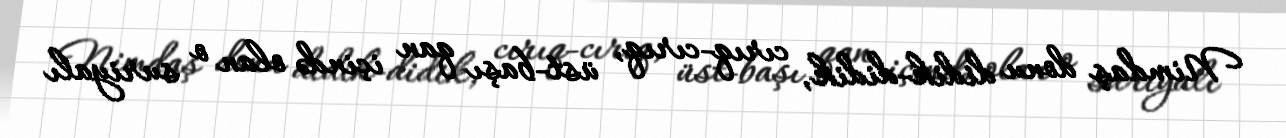
Nimdaş donu didik-didik, cırıq-cırıq, üst-başı qan içində olan o suriyalı